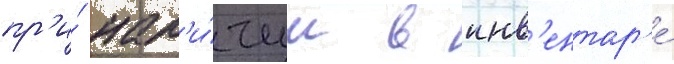
пр'и́ нал'и́чии в инв'ентар'е́